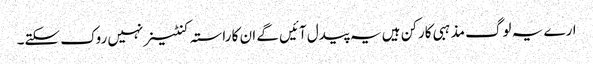
ارے یہ لوگ مذہبی کارکن ہیں یہ پیدل آئیں گے ان کا راستہ کنٹینر نہیں روک سکتے۔